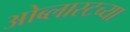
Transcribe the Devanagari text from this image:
ओब्लास्टच्या